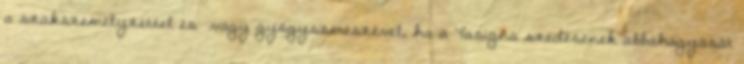
a szakszemélyzettel és vagy gyógyszerészével, ha a Tasigna szedésének abbahagyását